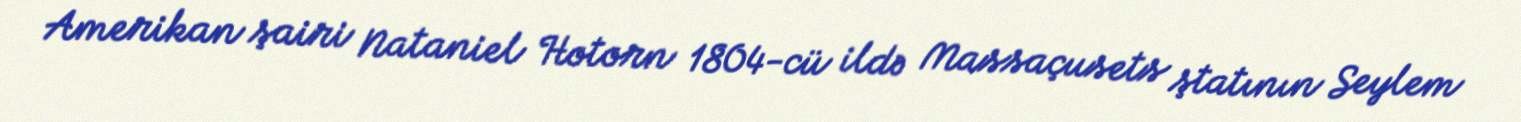
Amerikan şairi Nataniel Hotorn 1804-cü ildə Massaçusets ştatının Seylem